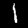
Label: 1